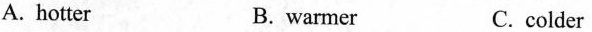
A. hotter B. warmer C. colder